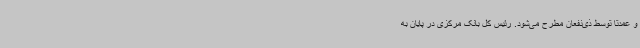
و عمدتاً توسط ذی‌نفعان مطرح می‌شود. رئیس کل بانک مرکزی در پایان به